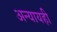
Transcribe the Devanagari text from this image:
अन्यायही